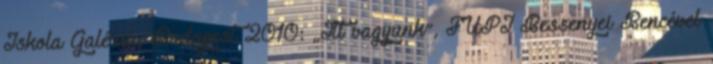
Iskola Galéria, Budapest 2010: „Itt vagyunk”, FÜPI Bessenyei Bencével